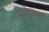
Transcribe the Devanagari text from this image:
नंदोदभव